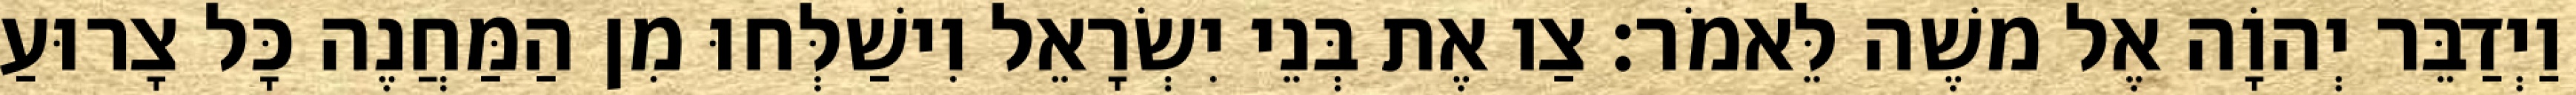
וַיְדַבֵּר יְהוָֹה אֶל משֶׁה לֵּאמֹר׃ צַו אֶת בְּנֵי יִשְׂרָאֵל וִישַׁלְּחוּ מִן הַמַּחֲנֶה כָּל צָרוּעַ